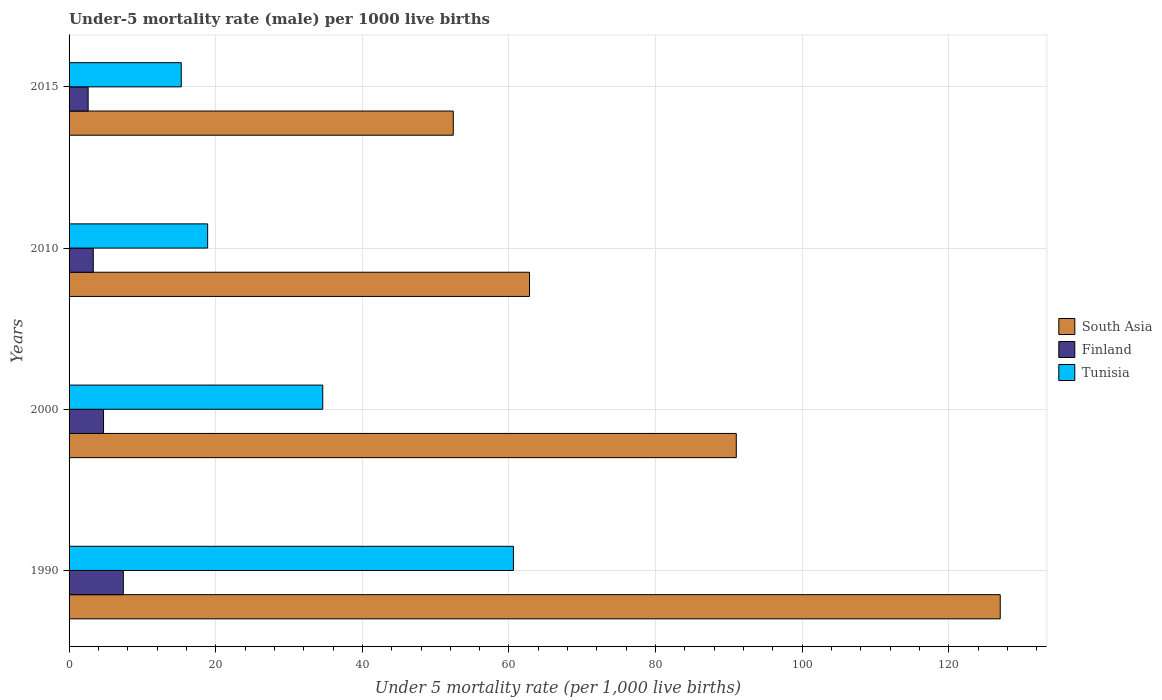
| Years | South Asia | Finland | Tunisia |
 | --- | --- | --- | --- |
 | 1990 | 127 | 7.4 | 60.6 |
 | 2000 | 91 | 4.7 | 34.6 |
 | 2010 | 62.8 | 3.3 | 18.9 |
 | 2015 | 52.4 | 2.6 | 15.3 |